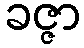
ခဇ္ဇာ